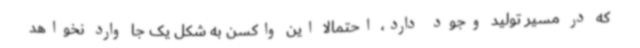
که در مسیر تولید وجود دارد، احتمالا این واکسن به شکل یک جا وارد نخواهد